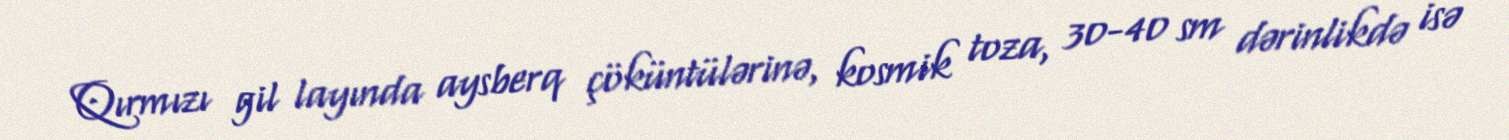
Qırmızı gil layında aysberq çöküntülərinə, kosmik toza, 30-40 sm dərinlikdə isə